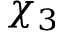
\chi _ { 3 }